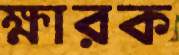
ক্ষারক